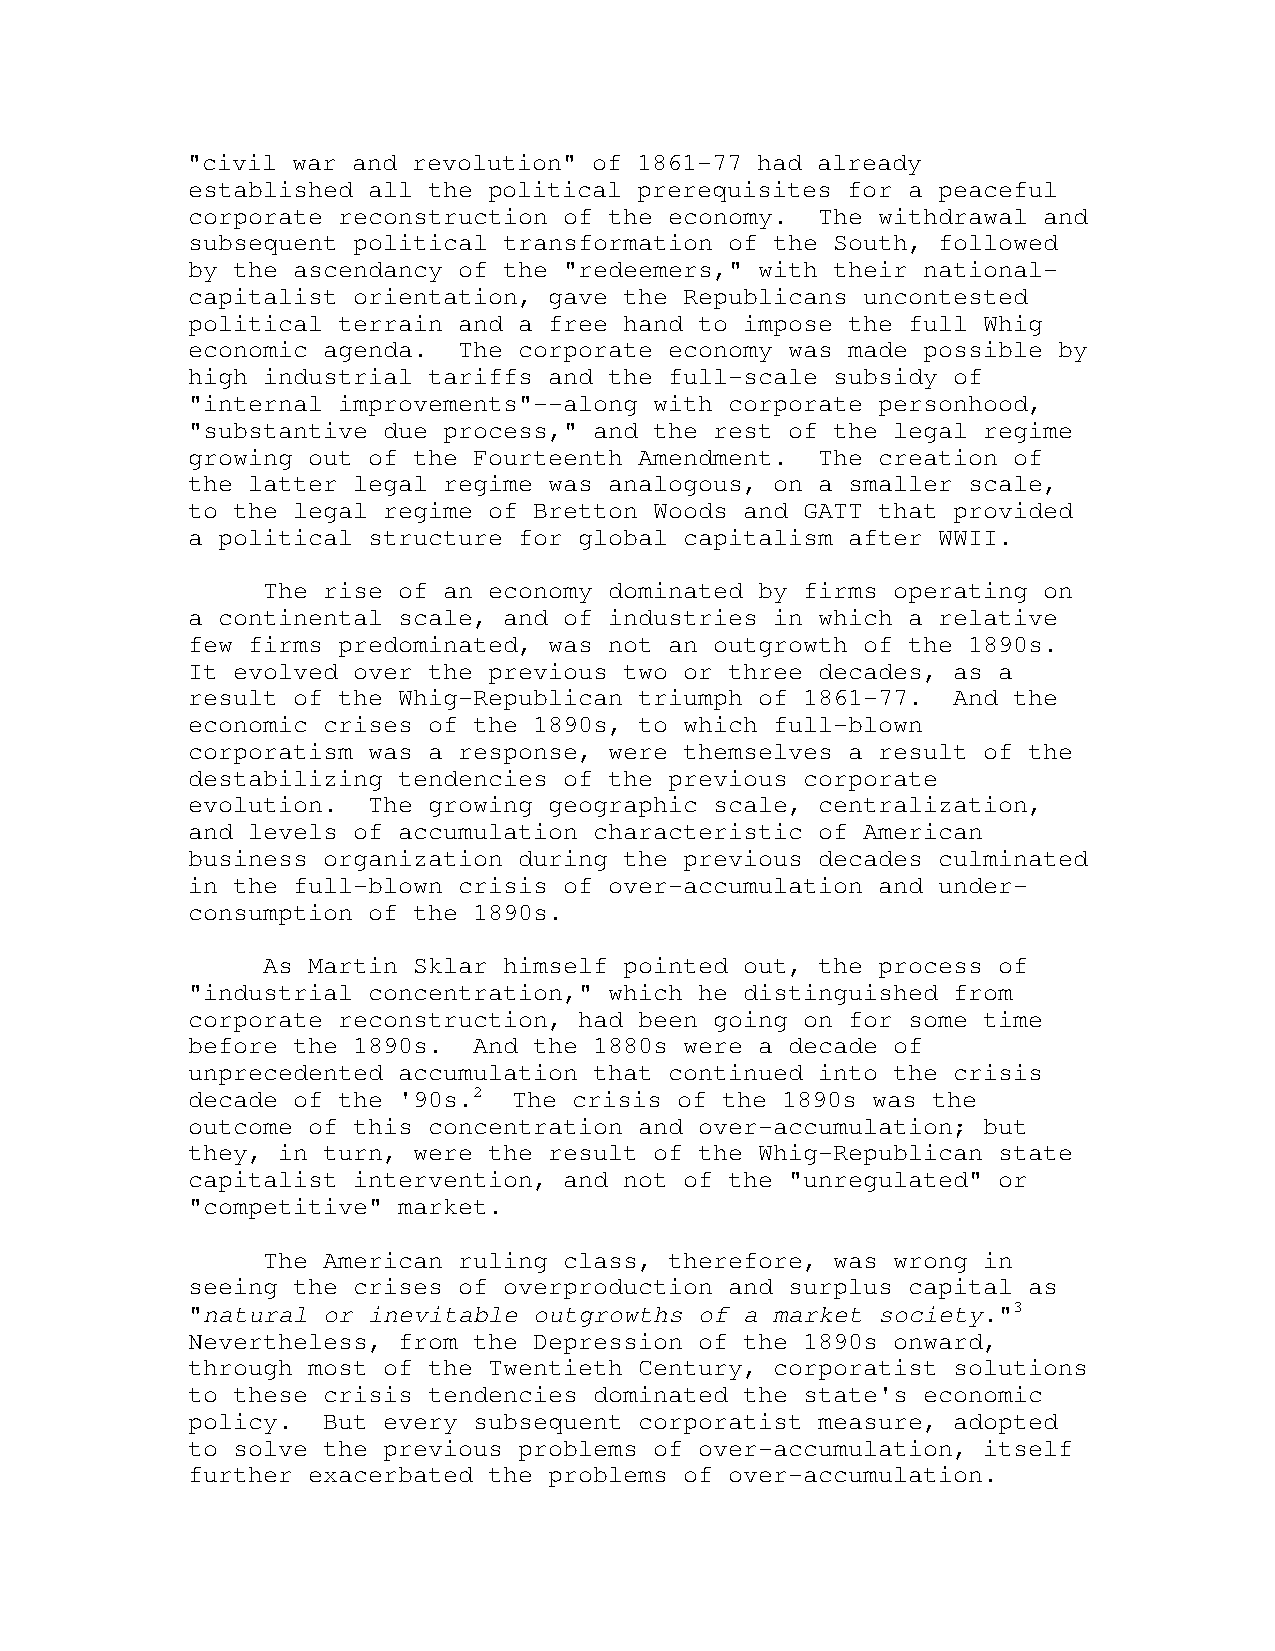
"civil war and revolution" of 1861-77 had already
 established all the political prerequisites for a peaceful
 corporate reconstruction of the economy.  The withdrawal and
 subsequent political transformation of the South, followed
 by the ascendancy of the "redeemers," with their national-
 capitalist orientation, gave the Republicans uncontested
 political terrain and a free hand to impose the full Whig
 economic agenda.  The corporate economy was made possible by
 high industrial tariffs and the full-scale subsidy of
 "internal improvements"--along with corporate personhood,
 "substantive due process," and the rest of the legal regime
 growing out of the Fourteenth Amendment.  The creation of
 the latter legal regime was analogous, on a smaller scale,
 to the legal regime of Bretton Woods and GATT that provided
 a political structure for global capitalism after WWII.
 The rise of an economy dominated by firms operating on
 a continental scale, and of industries in which a relative
 few firms predominated, was not an outgrowth of the 1890s.
 It evolved over the previous two or three decades, as a
 result of the Whig-Republican triumph of 1861-77.  And the
 economic crises of the 1890s, to which full-blown
 corporatism was a response, were themselves a result of the
 destabilizing tendencies of the previous corporate
 evolution.  The growing geographic scale, centralization,
 and levels of accumulation characteristic of American
 business organization during the previous decades culminated
 in the full-blown crisis of over-accumulation and under-
 consumption of the 1890s.
 As Martin Sklar himself pointed out, the process of
 "industrial concentration," which he distinguished from
 corporate reconstruction, had been going on for some time
 before the 1890s.  And the 1880s were a decade of
 unprecedented accumulation that continued into the crisis
 decade of the '90s.2  The crisis of the 1890s was the
 outcome of this concentration and over-accumulation; but
 they, in turn, were the result of the Whig-Republican state
 capitalist intervention, and not of the "unregulated" or
 "competitive" market.
 The American ruling class, therefore, was wrong in
 seeing the crises of overproduction and surplus capital as
 "natural or inevitable outgrowths of a market society."3
 Nevertheless, from the Depression of the 1890s onward,
 through most of the Twentieth Century, corporatist solutions
 to these crisis tendencies dominated the state's economic
 policy.  But every subsequent corporatist measure, adopted
 to solve the previous problems of over-accumulation, itself
 further exacerbated the problems of over-accumulation.